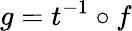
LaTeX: g=t^{-1}\circ f